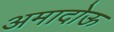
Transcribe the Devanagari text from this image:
अमादोऊ